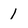
Character: 1